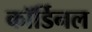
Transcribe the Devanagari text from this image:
कॉर्डिनल